Calcutta medical institutions reports 1879-81 [i.e.91]
Year: 1879
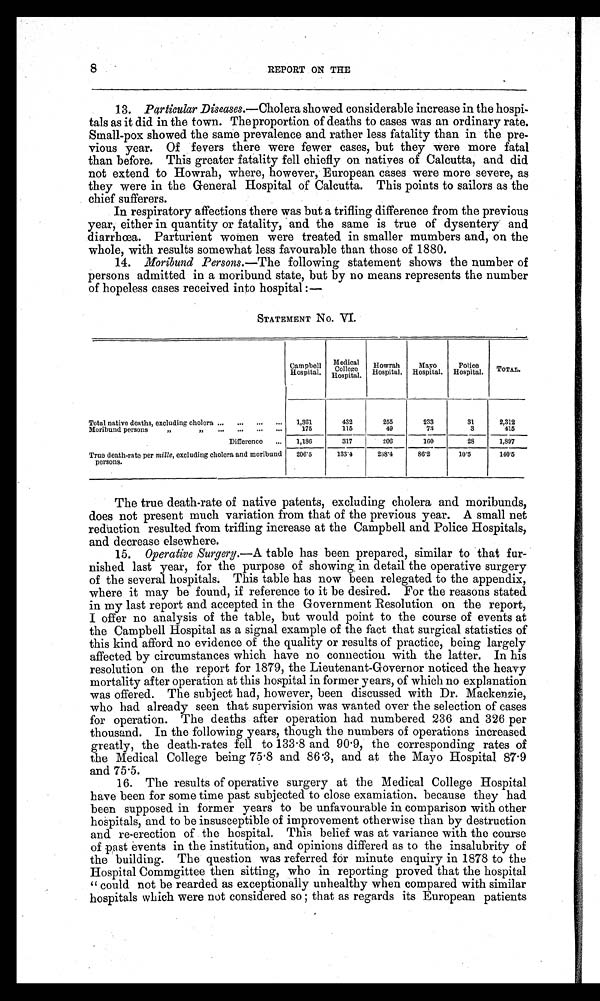
8
REPORT ON THE
13. Particular Diseases.—Cholera showed considerable increase in the hospi--
tals as it did in the town. The proportion of deaths to cases was an ordinary rate.
Small-pox showed the same prevalence and rather less fatality than in the pre--
vious year. Of fevers there were fewer cases, but they were more fatal
than before. This greater fatality fell chiefly on natives of Calcutta, and did
not extend to Howrah, where, however, European cases were more severe, as
they were in the General Hospital of Calcutta. This points to sailors as the
chief sufferers.
In respiratory affections there was but a trifling difference from the previous
year, either in quantity or fatality, and the same is true of dysentery and
diarrhœa. Parturient women were treated in smaller mumbers and, on the
whole, with results somewhat less favourable than those of 1880.
14. Moribund Persons.— The following statement shows the number of
persons admitted in a moribund state, but by no means represents the number
of hopeless cases received into hospital:—
STATEMENT No. VI.
Campbell
Hospital.
Medical
College
Hospital.
Howrah
Hospital.
Mayo
Hospital.
Police
Hospital.
TOTA L.
Total native deaths, excluding cholera
1,361
432
255
233
31
2,312
Moribund persons
175
115
49
73
3
415
Difference
1,186
317
206
160
28
1,897
True death-rate per mille, excluding cholera and moribund
persons.
2 0 6 . 5
133.4
2 3 8 . 4
86.2
10.5
140.5
The true death-rate of native patents, excluding cholera and moribunds,
does not present much variation from that of the previous year. A small net
reduction resulted from trifling increase at the Campbell and Police Hospitals,
and decrease elsewhere.
15. Operative Surgery.—A table has been prepared, similar to that fur-
nished last year, for the purpose of showing in detail the operative surgery
of the several hospitals. This table has now been relegated to the appendix,
where it may be found, if reference to it be desired. For the reasons stated
in my last report and accepted in the Government Resolution on the report,
I offer no analysis of the table, but would point to the course of events at
the Campbell Hospital as a signal example of the fact that surgical statistics of
this kind afford no evidence of the quality or results of practice, being largely
affected by circumstances which have no connection with the latter. In his
resolution on the report for 1879, the Lieutenant-Governor noticed the heavy
mortality after operation at this hospital in former years, of which no explanation
was offered. The subject had, however, been discussed with Dr. Mackenzie,
who had already seen that supervision was wanted over the selection of cases
for operation. The deaths after operation had numbered 236 and 326 per
thousand. In the following years, though the numbers of operations increased
greatly, the death-rates fell to 133.8 and 90.9, the corresponding rates of
the Medical College being 75.8 and 86.3, and at the Mayo Hospital 87.9
and 75.5.
16. The results of operative surgery at the Medical College Hospital
have been for some time past subjected to close examiation. because they had
been supposed in former years to be unfavourable in comparison with other
hospitals, and to be insusceptible of improvement otherwise than by destruction
and re-erection of the hospital. This belief was at variance with the course
of past events in the institution, and opinions differed as to the insalubrity of
the building. The question was referred for minute enquiry in 1878 to the
Hospital Commgittee then sitting, who in reporting proved that the hospital
"could not be rearded as exceptionally unhealthy when compared with similar
hospitals which were not considered so; that as regards its European patients